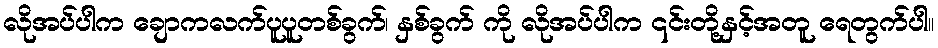
လိုအပ်ပါက ချောကလက်ပူပူတစ်ခွက်၊ နှစ်ခွက် ကို လိုအပ်ပါက ၎င်းတို့နှင့်အတူ ရေတွက်ပါ။